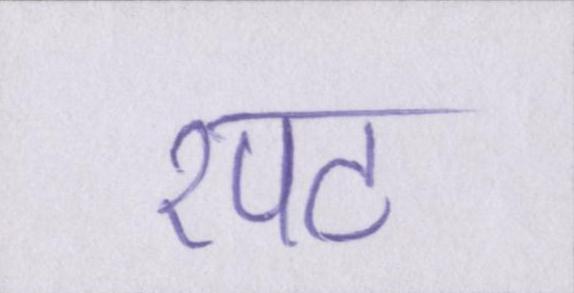
रपट